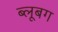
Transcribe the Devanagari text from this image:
ब्लूबग